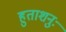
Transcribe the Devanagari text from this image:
हुताशनुः